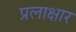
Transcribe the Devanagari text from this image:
प्रलाक्षार